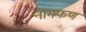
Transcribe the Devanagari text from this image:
नागफण